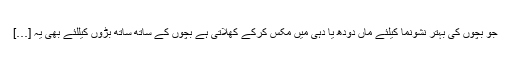
جو بچوں کی بہتر نشونما کیلئے ماں دودھ یا دہی میں مکس کرکے کھلاتی ہے بچوں کے ساتھ ساتھ بڑوں کیللئے بھی یہ […]